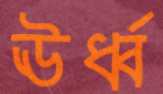
ঊর্ধ্ব